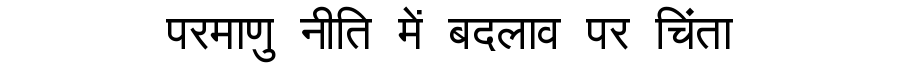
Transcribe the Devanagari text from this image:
परमाणु नीति में बदलाव पर चिंता